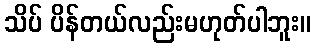
သိပ် ပိန်တယ်လည်းမဟုတ်ပါဘူး။